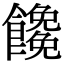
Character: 𩟖